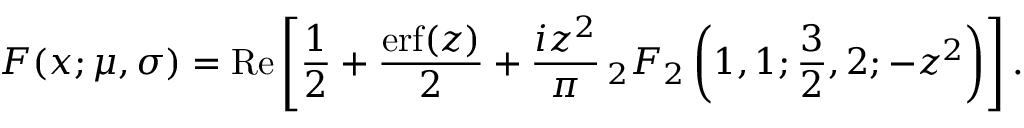
F ( x ; \mu , \sigma ) = \operatorname { R e } \left[ { \frac { 1 } { 2 } } + { \frac { \operatorname { e r f } ( z ) } { 2 } } + { \frac { i z ^ { 2 } } { \pi } } \, _ { 2 } F _ { 2 } \left( 1 , 1 ; { \frac { 3 } { 2 } } , 2 ; - z ^ { 2 } \right) \right] .